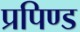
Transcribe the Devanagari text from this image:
प्रपिण्ड